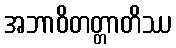
အဘာဝိတတ္တာတိဿ